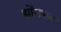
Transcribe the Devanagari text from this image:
झोंगशन